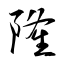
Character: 隆